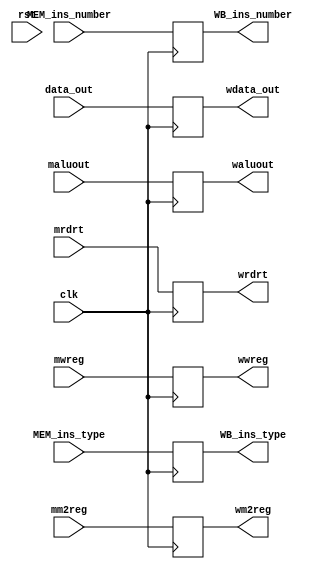
`timescale 1ns / 1ps
//////////////////////////////////////////////////////////////////////////////////
// Company: 
// Engineer: 
// 
// Design Name: 
// Module Name:    Reg_MEM_WB 
// Project Name: 
// Target Devices: 
// Tool versions: 
// Description: 
//
// Dependencies: 
//
// Revision: 
// Revision 0.01 - File Created
// Additional Comments: 
//
//////////////////////////////////////////////////////////////////////////////////
module Reg_MEM_WB(clk,rst,mwreg,mm2reg,data_out,maluout,mrdrt,	//inputs
	wwreg,wm2reg,wdata_out,waluout,wrdrt, //outputs
	MEM_ins_type, MEM_ins_number, WB_ins_type, WB_ins_number);	
	input clk;
	input rst;                      //wbmem
	input mwreg,mm2reg;
	input [31:0] data_out,maluout;
	input [4:0] mrdrt;
	
	input[3:0] MEM_ins_type;
	input[3:0] MEM_ins_number;
	output[3:0] WB_ins_type;
	output[3:0] WB_ins_number;
	
	output wwreg,wm2reg;
	output [31:0] wdata_out,waluout;
	output [4:0] wrdrt;

	reg wwreg,wm2reg;
	reg [31:0] wdata_out,waluout;
	reg [4:0] wrdrt;	
	reg[3:0] WB_ins_type;
	reg[3:0] WB_ins_number;
	
	always@(posedge clk)	begin
		wwreg <= mwreg;
		wm2reg <= mm2reg;
		wdata_out <= data_out;
		waluout <= maluout;
		wrdrt <= mrdrt;
		WB_ins_type <= MEM_ins_type;
		WB_ins_number <= MEM_ins_number;
	end
endmodule